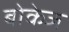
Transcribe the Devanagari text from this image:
बोकेज